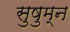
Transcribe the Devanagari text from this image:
सुषुम्न